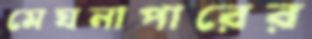
মেঘনাপারের